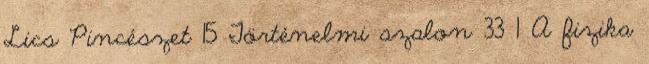
Lics Pincészet 15 Történelmi szalon 33 1 A fizika